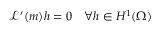
\mathcal { L } ^ { \prime } ( m ) h = 0 \quad \forall h \in H ^ { 1 } ( \Omega )